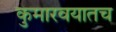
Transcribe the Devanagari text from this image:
कुमारवयातच